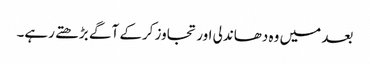
بعد میں وہ دھاندلی اور تجاوز کرکے آگے بڑھتے رہے۔